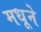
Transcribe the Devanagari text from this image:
मधूने